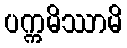
ပက္ကမိဿာမိ